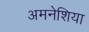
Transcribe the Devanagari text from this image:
अमनेशिया